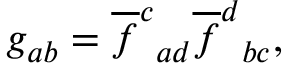
g _ { a b } = \overline { { { f } } } ^ { c } { } _ { a d } \overline { { { f } } } ^ { d } { } _ { b c } ,